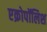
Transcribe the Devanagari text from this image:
एक्रोपॉलिश